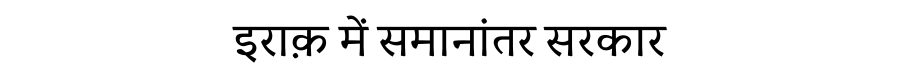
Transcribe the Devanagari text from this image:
इराक़ में समानांतर सरकार